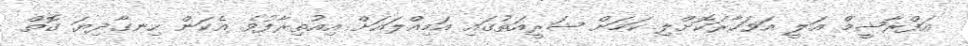
އަފްރާޝީމް އަލީ އަވަހާރަކޮށްލި ކަމަށް ޝަރީއަތުގައި އަމިއްލައަށް އިއުތިރާފުވެ އެކަން ހިނގާދިޔަ ގޮތް